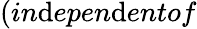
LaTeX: (in\mathrm{d}epen\mathrm{d}entof